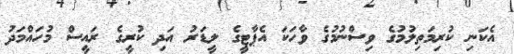
އެކަނި ކުރިމަތިލުމުގެ ވިސްނުމުގެ ވާހަކަ އެޕާޓީގެ ލީޑަރު އަދި ކުރީގެ ރައީސް މުހައްމަދު